Black-water fever - Number 35
Disease focus: Fever
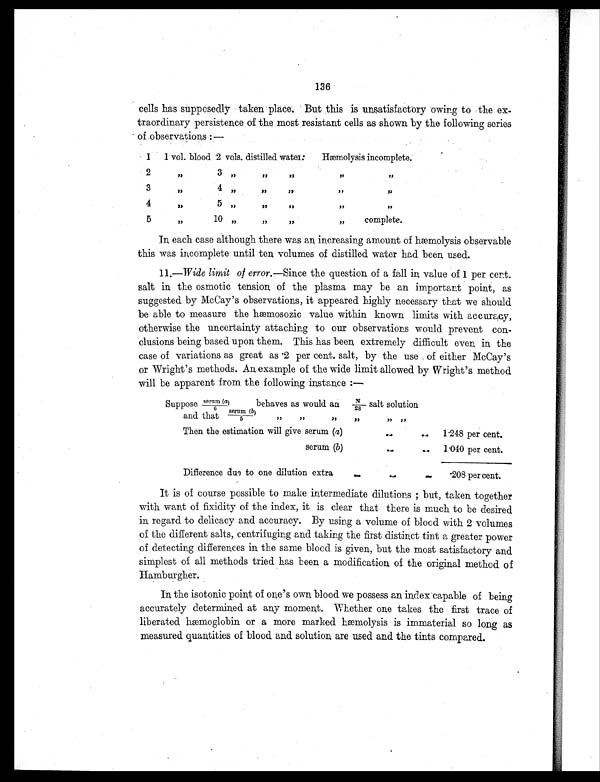
136
cells has supposedly taken place.But this is unsatisfactory owing to the ex-
traordinary persistence of the most resistant cells as shown by the following series
of observations :—
1 1 vol. blood 2 vols. distilled water:
Hæmolysis incomplete.
2
”
3
,,
,,
”
,,
3
”
4
”
,,
,,
”
4
”
5
”
”
”
”
5
,,
10
”
”
”
complete.
In, each case although there was an increasing amount of hæmolysis observable
this was incomplete until ten volumes of distilled water had been used.
11.—Wide limit of error.—Since the question of a fall in, value of 1 per cent.
salt in the osmotic tension of the plasma may be an important point, as
suggested by McCay's observations, it appeared highly necessary that we should
be able to measure the hæmosozic value within known limits with accuracy,
otherwise the uncertainty attaching to our observations would prevent con-
clusions being based upon them. This has been extremely difficult even in the
case of variations as great as .2 per cent. salt, by the use of either McCay's
or Wright's methods. An example of the wide limit allowed by Wright's method
will be apparent from the following instance :-
Suppose serum (a)/6 behaves as would an N/28 salt solution
and that serum (b)/6
Then the estimation will give serum (a)
....
1.248 per cent.
serum (b)
..
..
1.040 per cent.
Difference due to one dilution extra..
. .
. . •208 per cent.
It is of course possible to make intermediate dilutions ; but, taken together
with want of fixidity of the index, it is clear that there is much to be desired
in regard to delicacy and accuracy. By using a volume of blood with 2 volumes
of the different salts, centrifuging and taking the first distinct tint a greater power
of detecting differences in the same blood is given, but the most satisfactory and
simplest of all methods tried has been a modification of the original method of
Hamburgher.
In, the isotonic point of one's own blood we possess an in,dex'capable of being
accurately determined at any moment. Whether one takes the first trace of
liberated hæmoglobin or a more marked hæmolysis is immaterial so long as
measured quantities of blood and. solution are used and the tints compared.